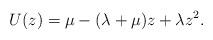
LaTeX: \begin{align*} U(z)=\mu-(\lambda+\mu)z+\lambda z^2. \end{align*}